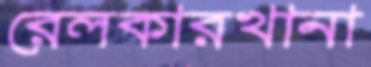
রেলকারখানা